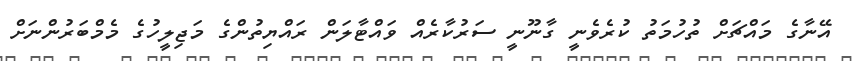
އޭނާގެ މައްޗަށް ތުހުމަތު ކުރެވެނީ ގާނޫނީ ސަރުކާރެއް ވައްޓާލަން ރައްޔިތުންގެ މަޖިލީހުގެ މެމްބަރުންނަށް